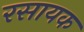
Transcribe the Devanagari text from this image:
रसायक